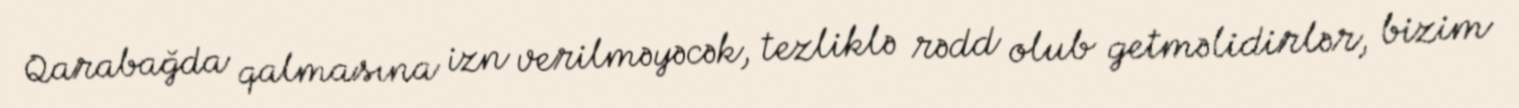
Qarabağda qalmasına izn verilməyəcək, tezliklə rədd olub getməlidirlər, bizim